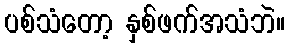
ပစ်သံတော့ နှစ်ဖက်အသံဘဲ။